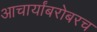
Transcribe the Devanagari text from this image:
आचार्यांबरोबरच